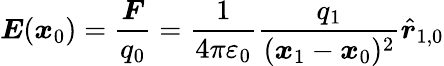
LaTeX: {\boldsymbol{E}}({\boldsymbol{x}}_{0})={\frac{\boldsymbol{F}}{q_{0}}}={\frac{1}{4\pi\varepsilon_{0}}}{\frac{q_{1}}{({\boldsymbol{x}}_{1}-{\boldsymbol{x}}_{0})^{2}}}{\hat{\boldsymbol{r}}}_{1,0}